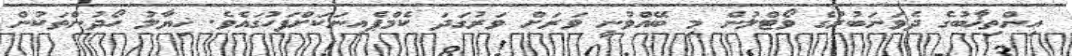
އިންތިޚާބުގެ ދެވަނަބުރުގެ ވޯޓްލުން މި ބޭއްވުނީ ވަރަށް ވަރުގަދަ ކެމްޕެއިނަކަށްފަހުގައެވެ. ޚިޔާލު ހޯދުންތަކުން